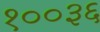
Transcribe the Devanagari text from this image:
१००३६